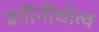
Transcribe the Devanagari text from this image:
प्रतीनीधीत्व